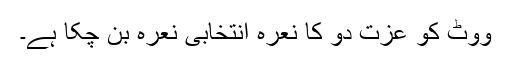
ووٹ کو عزت دو کا نعرہ انتخابی نعرہ بن چکا ہے۔